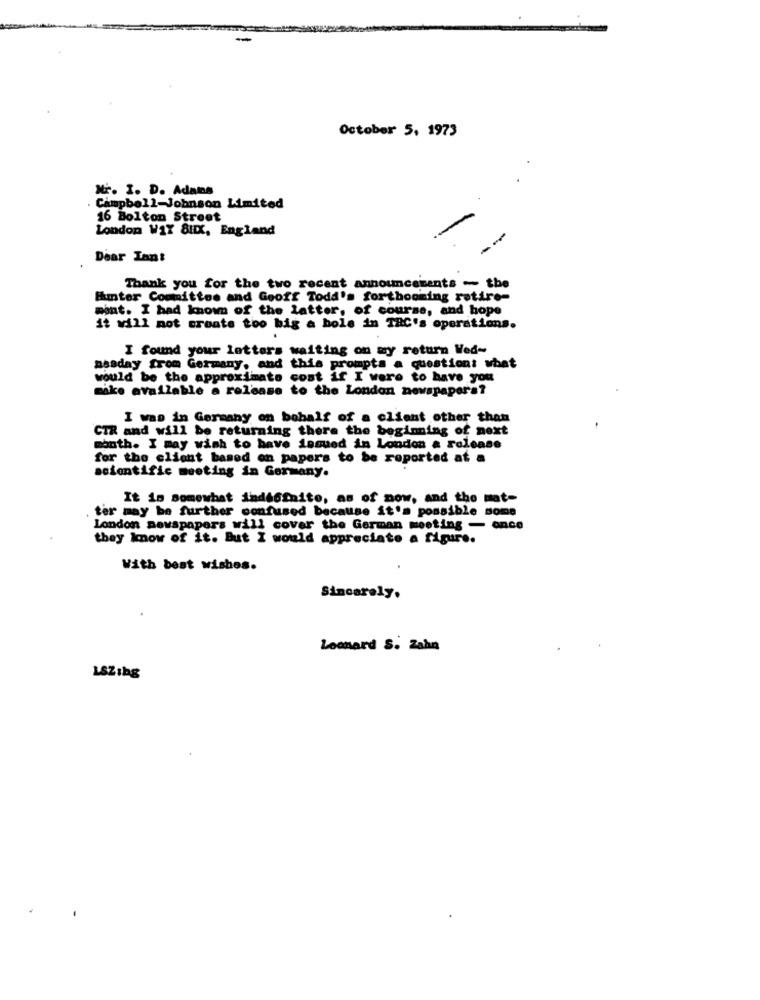
October 5, 1973
Nr. I. D. Adams
Campbell-Johnson Limited
16 Bolton Street
London W1X 8HIX, England
Dear Inn:
Thank you for the two recent announcements - the
Emtor Committee and Geoff Todd's fortbooming retire-
mint. I had known of the latter, of course, and hope
it will not create too big a hole in TAC's operations.
I found your letters waiting on my return Wed-
nasday from Germany, and this prompts a question: what
would be the approximate cost if I were to have you
mike available a release to the London newspapers?
I was in Germany on behalf of a client other than
CTR and will be returning there the beginning of next
month. I may wish to have issued in London a release
for the client based on papers to be reported at a
scientific meeting in Germany.
It is somewhat indefinite, as of now, and the mat-
ter may be further confused because it's possible some
London newspapers will cover the German meeting - once
they know of it. But I would appreciate a figure.
With best wishes.
.
Sincerely.
Leonard S. Zahn
LSZibg